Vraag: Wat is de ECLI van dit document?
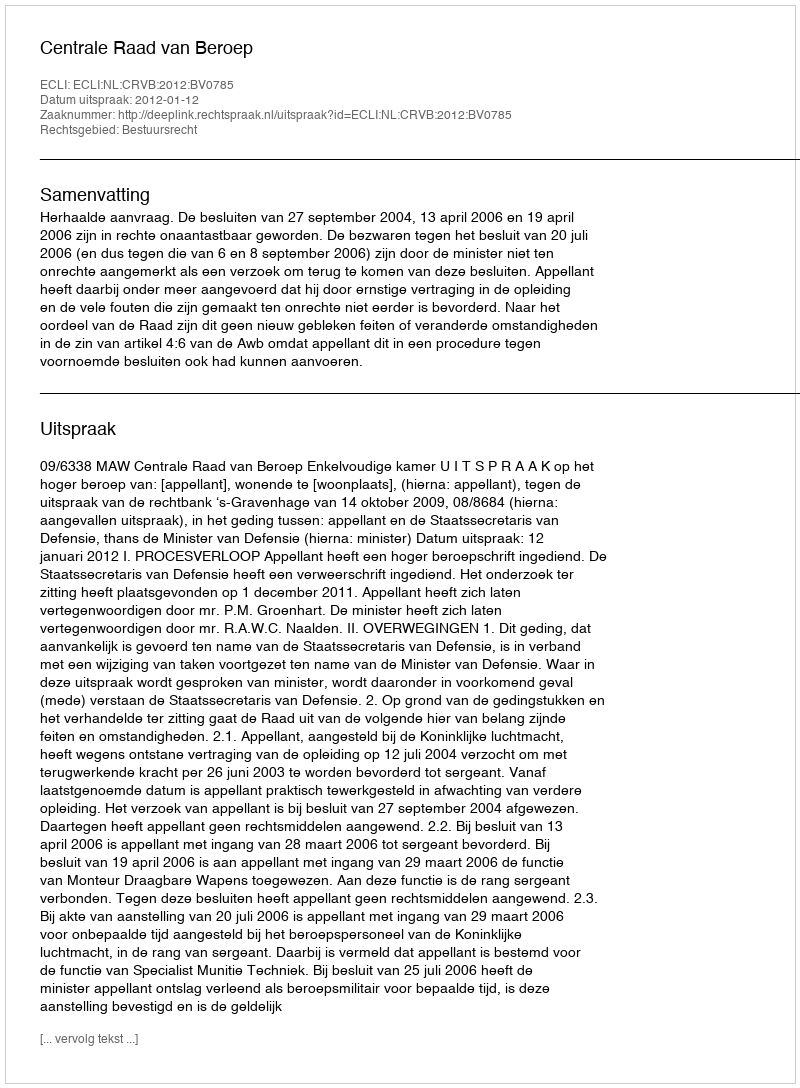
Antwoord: ECLI:NL:CRVB:2012:BV0785